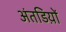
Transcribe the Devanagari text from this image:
अंतडिय़ों